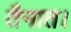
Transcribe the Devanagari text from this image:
तैनात।